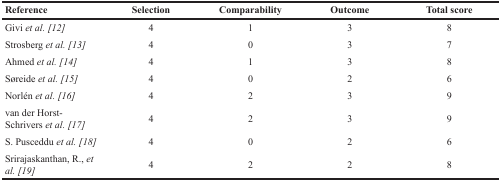
| Reference | Selection | Comparability | Outcome | Total score |
 | --- | --- | --- | --- | --- |
 | Givi et al. [12] | 4 | 1 | 3 | 8 |
 | Strosberg et al. [13] | 4 | 0 | 3 | 7 |
 | Ahmed et al. [14] | 4 | 1 | 3 | 8 |
 | Søreide et al. [15] | 4 | 0 | 2 | 6 |
 | Norlén et al. [16] | 4 | 2 | 3 | 9 |
 | van der Horst-Schrivers et al. [17] | 4 | 2 | 3 | 9 |
 | S. Pusceddu et al. [18] | 4 | 0 | 2 | 6 |
 | Srirajaskanthan, R., et al. [19] | 4 | 2 | 2 | 8 |